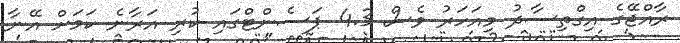
ރާއްޖޭގެ އިގްތިސާދު މިއަހަރު ވެސް 4.3 ޕަސެންޓްގައި ކުރި އަރާނެ ކަމަށް އޭނާ